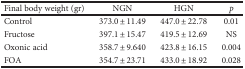
| Final body weight (gr) | NGN | HGN | p |
 | --- | --- | --- | --- |
 | Control | 373.0 ± 11.49 | 447.0 ± 22.78 | 0.01 |
 | Fructose | 397.1 ± 15.47 | 419.5 ± 12.69 | NS |
 | Oxonic acid | 358.7 ± 9.640 | 423.8 ± 16.15 | 0.004 |
 | FOA | 354.7 ± 23.71 | 433.0 ± 18.92 | 0.028 |